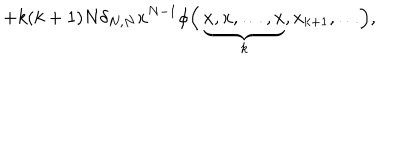
+ k ( k + 1 ) N \delta _ { N , N } x ^ { N - 1 } \phi \Bigl ( \, \underbrace { x , x , \dots , x } _ { k } , x _ { k + 1 } , \dots \Bigr ) ,